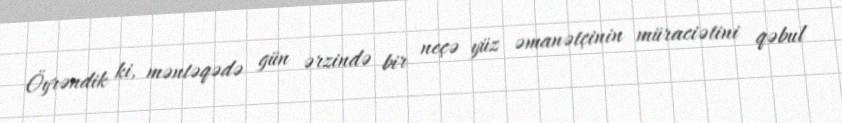
Öyrəndik ki, məntəqədə gün ərzində bir neçə yüz əmanətçinin müraciətini qəbul